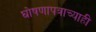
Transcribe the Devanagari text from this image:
घोषणापत्राच्याही